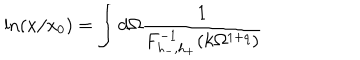
LaTeX: \ln ( x / x _ { 0 } ) = \int d \Omega \frac { 1 } { F _ { h _ { - } , h _ { + } } ^ { - 1 } ( k \Omega ^ { 1 + q } ) }